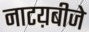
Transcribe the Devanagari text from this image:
नाटय़बीजे